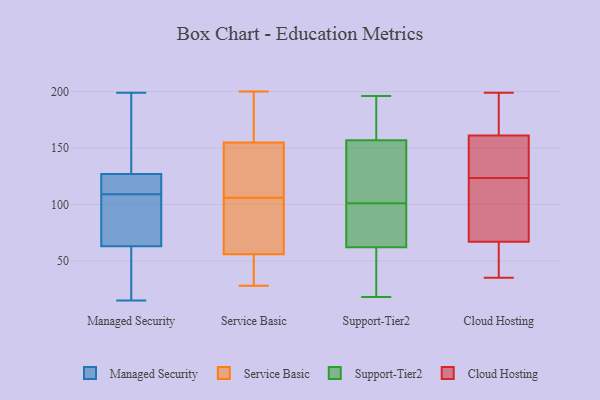
{"axis": {"x": "Humidity (%)", "y": "Value"}, "legend": ["Cloud Hosting", "Managed Security", "Service Basic", "Support-Tier2"], "data": [{"x": "", "y": 115, "type": "Managed Security"}, {"x": "", "y": 134, "type": "Managed Security"}, {"x": "", "y": 124, "type": "Managed Security"}, {"x": "", "y": 177, "type": "Managed Security"}, {"x": "", "y": 93, "type": "Managed Security"}, {"x": "", "y": 38, "type": "Managed Security"}, {"x": "", "y": 122, "type": "Managed Security"}, {"x": "", "y": 63, "type": "Managed Security"}, {"x": "", "y": 152, "type": "Managed Security"}, {"x": "", "y": 121, "type": "Managed Security"}, {"x": "", "y": 15, "type": "Managed Security"}, {"x": "", "y": 127, "type": "Managed Security"}, {"x": "", "y": 86, "type": "Managed Security"}, {"x": "", "y": 27, "type": "Managed Security"}, {"x": "", "y": 103, "type": "Managed Security"}, {"x": "", "y": 199, "type": "Managed Security"}, {"x": "", "y": 39, "type": "Managed Security"}, {"x": "", "y": 65, "type": "Managed Security"}, {"x": "", "y": 49, "type": "Service Basic"}, {"x": "", "y": 178, "type": "Service Basic"}, {"x": "", "y": 28, "type": "Service Basic"}, {"x": "", "y": 97, "type": "Service Basic"}, {"x": "", "y": 167, "type": "Service Basic"}, {"x": "", "y": 56, "type": "Service Basic"}, {"x": "", "y": 155, "type": "Service Basic"}, {"x": "", "y": 103, "type": "Service Basic"}, {"x": "", "y": 121, "type": "Service Basic"}, {"x": "", "y": 109, "type": "Service Basic"}, {"x": "", "y": 200, "type": "Service Basic"}, {"x": "", "y": 30, "type": "Service Basic"}, {"x": "", "y": 92, "type": "Service Basic"}, {"x": "", "y": 125, "type": "Service Basic"}, {"x": "", "y": 18, "type": "Support-Tier2"}, {"x": "", "y": 160, "type": "Support-Tier2"}, {"x": "", "y": 32, "type": "Support-Tier2"}, {"x": "", "y": 123, "type": "Support-Tier2"}, {"x": "", "y": 157, "type": "Support-Tier2"}, {"x": "", "y": 196, "type": "Support-Tier2"}, {"x": "", "y": 193, "type": "Support-Tier2"}, {"x": "", "y": 107, "type": "Support-Tier2"}, {"x": "", "y": 24, "type": "Support-Tier2"}, {"x": "", "y": 62, "type": "Support-Tier2"}, {"x": "", "y": 65, "type": "Support-Tier2"}, {"x": "", "y": 95, "type": "Support-Tier2"}, {"x": "", "y": 71, "type": "Support-Tier2"}, {"x": "", "y": 125, "type": "Support-Tier2"}, {"x": "", "y": 199, "type": "Cloud Hosting"}, {"x": "", "y": 98, "type": "Cloud Hosting"}, {"x": "", "y": 35, "type": "Cloud Hosting"}, {"x": "", "y": 116, "type": "Cloud Hosting"}, {"x": "", "y": 135, "type": "Cloud Hosting"}, {"x": "", "y": 36, "type": "Cloud Hosting"}, {"x": "", "y": 131, "type": "Cloud Hosting"}, {"x": "", "y": 161, "type": "Cloud Hosting"}, {"x": "", "y": 168, "type": "Cloud Hosting"}, {"x": "", "y": 67, "type": "Cloud Hosting"}]}